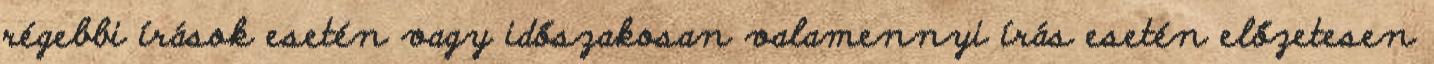
régebbi írások esetén vagy időszakosan valamennyi írás esetén előzetesen